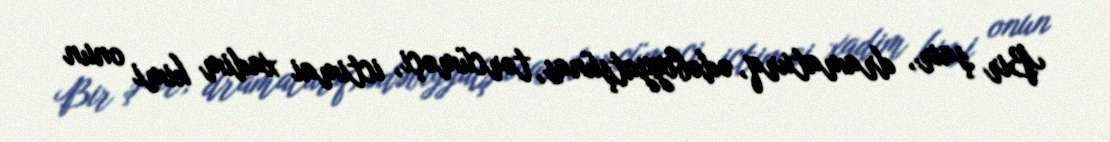
Bir şair, dramaturq, ədəbiyyatşünas, tərcüməçi, ictimai xadim kimi onun